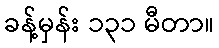
ခန့်မှန်း ၁၃၁ မီတာ။